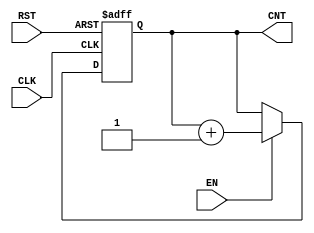
module dynamic_asynchronous_counter #(
    parameter WIDTH = 4 // Define the width of the counter
)(
    input wire CLK,      // Clock input
    input wire RST,      // Asynchronous reset
    input wire EN,       // Enable signal
    output reg [WIDTH-1:0] CNT // Counter output
);

// Asynchronous reset logic
always @(posedge CLK or posedge RST) begin
    if (RST) begin
        CNT <= 0; // Reset counter to zero
    end else if (EN) begin
        CNT <= CNT + 1; // Increment counter on rising edge of CLK if EN is high
    end
end

endmodule